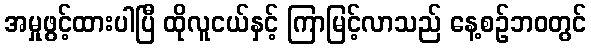
အမှုဖွင့်ထားပါပြီ ထိုလူငယ်နှင့် ကြာမြင့်လာသည် နေ့စဉ်ဘ၀တွင်